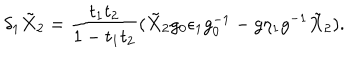
\delta _ { 1 } \tilde { X } _ { 2 } = { \frac { t _ { 1 } t _ { 2 } } { 1 - t _ { 1 } t _ { 2 } } } ( \tilde { X } _ { 2 } g _ { 0 } \epsilon _ { 1 } g _ { 0 } ^ { - 1 } - g \eta _ { 1 } g ^ { - 1 } \tilde { X } _ { 2 } ) .